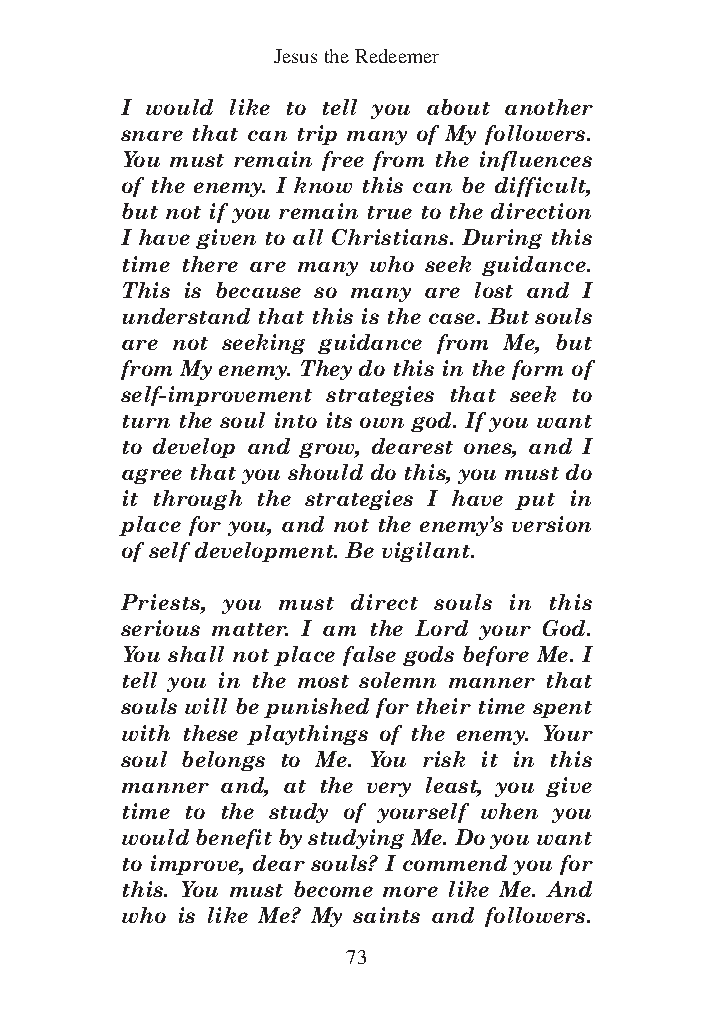
DFOT Vol 5 No App_1 12/3/13 8:54 PM Page 73
 Jesus the Redeemer
 I would like to tell you about another
 snare that can trip many of My followers.
 You must remain free from the influences
 of the enemy. I know this can be difficult,
 but not if you remain true to the direction
 I have given to all Christians. During this
 time there are many who seek guidance.
 This is because so many are lost and I
 understand that this is the case. But souls
 are not seeking guidance from Me, but
 from My enemy. They do this in the form of
 self-improvement strategies that seek to
 turn the soul into its own god. If you want
 to develop and grow, dearest ones, and I
 agree that you should do this, you must do
 it through the strategies I have put in
 place for you, and not the enemy’s version
 of self development. Be vigilant.
 Priests, you must direct souls in this
 serious matter. I am the Lord your God.
 You shall not place false gods before Me. I
 tell you in the most solemn manner that
 souls will be punished for their time spent
 with these playthings of the enemy. Your
 soul belongs to Me. You risk it in this
 manner and, at the very least, you give
 time to the study of yourself when you
 would benefit by studying Me. Do you want
 to improve, dear souls? I commend you for
 this. You must become more like Me. And
 who is like Me? My saints and followers.
 73